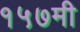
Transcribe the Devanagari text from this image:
१५७मी